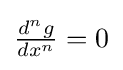
{\textstyle {\frac {d^{n}g}{dx^{n}}}=0}